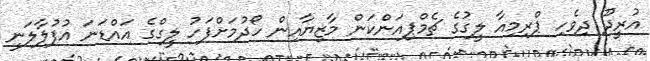
އުރީދޫ ދިވެހި ޕްރިމިއާ ލީގުގެ ޗެމްޕިއަންކަން މާޒިޔާއިން ހޯދުމަށްފަހު ލީގްގެ އައްޑަނަ އުފުލާލަނީ